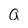
Character: a